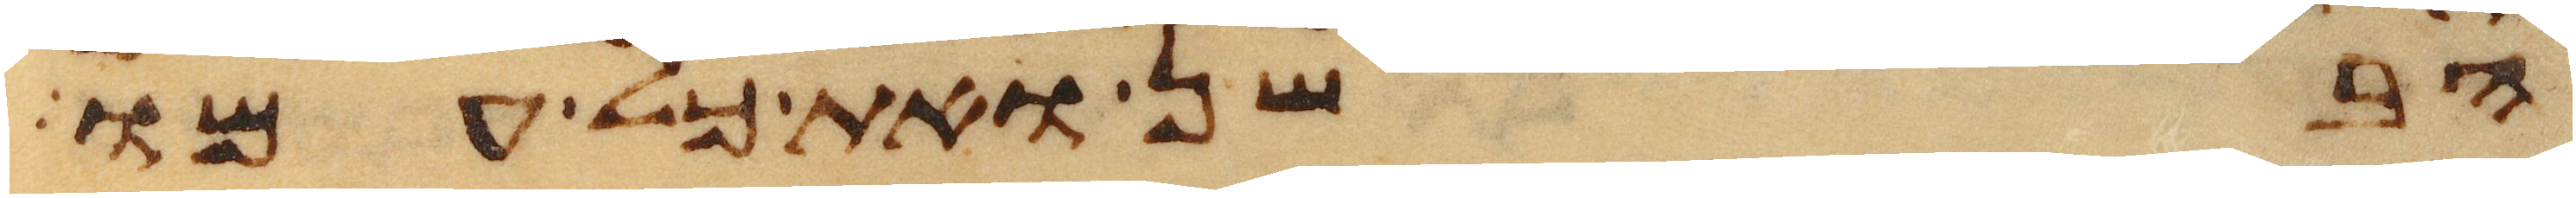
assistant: הבשן ואת כל עמו